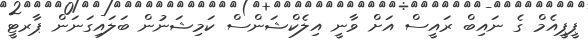
ޕީޕީއެމް ގެ ނައިބް ރައީސް އަށް ވާނީ އިލެކްޝަންސް ކަމިޝަނުން ބަލައިގަނަން ޕާރޓީ